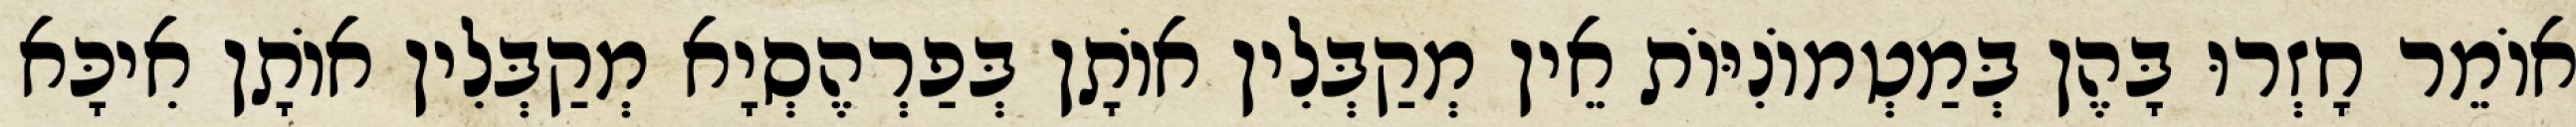
אוֹמֵר חָזְרוּ בָּהֶן בְּמַטְמוֹנִיּוֹת אֵין מְקַבְּלִין אוֹתָן בְּפַרְהֶסְיָא מְקַבְּלִין אוֹתָן אִיכָּא